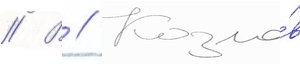
// В // Козло́в